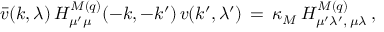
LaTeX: \bar { v } ( k , \lambda ) \, H _ { \mu ^ { \prime } \mu } ^ { M ( q ) } ( - k , - k ^ { \prime } ) \, v ( k ^ { \prime } , \lambda ^ { \prime } ) \, = \, \kappa _ { M } \, { \cal H } _ { \mu ^ { \prime } \lambda ^ { \prime } , \, \mu \lambda } ^ { M ( q ) } \, ,